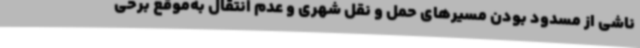
ناشی از مسدود بودن مسیرهای حمل و نقل شهری و عدم انتقال به‌موقع برخی